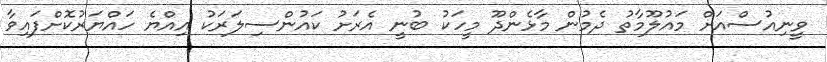
ވީނިއުސްއަށް މައުލޫމާތު ދެމުން މާޅެންދޫ މީހަކު ބުނީ އެރަށު ކައުންސިލަރަކު އިއްޔެ ހައްޔަރުކޮށްފައިވާ